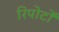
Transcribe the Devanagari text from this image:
रिपोर्टाें